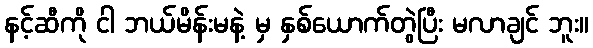
နင့်ဆီကို ငါ ဘယ်မိန်းမနဲ့ မှ နှစ်ယောက်တွဲပြီး မလာချင် ဘူး။